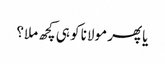
یا پھر مولانا کو ہی کچھ ملا؟